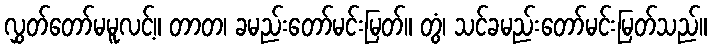
လွှတ်တော်မမူလင့်။ တာတ၊ ခမည်းတော်မင်းမြတ်။ တွံ၊ သင်ခမည်းတော်မင်းမြတ်သည်။